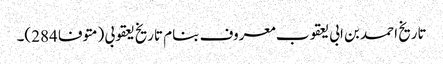
تاریخ احمد بن ابی یعقوب معروف بنام تاریخ یعقوبی (متوفا 284)۔